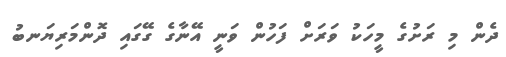
ދެން މި ރަށުގެ މީހަކު ވަރަށް ފަހުން ވަނީ އޭނާގެ ގޭގައި ދޮންމަރިޔަނބު